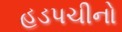
હડપચીનો